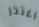
اعتذر